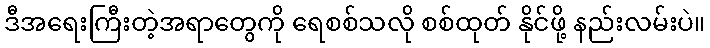
ဒီအရေးကြီးတဲ့အရာတွေကို ရေစစ်သလို စစ်ထုတ် နိုင်ဖို့ နည်းလမ်းပဲ။